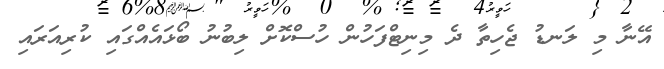
އޭނާ މި ލަނޑު ޖެހިތާ ދެ މިނިޓްފަހުން ހުސްކޮށް ލިބުނު ބޯޅައެއްގައި ކުރިއަރައި